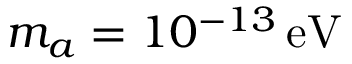
m _ { a } = 1 0 ^ { - 1 3 } \, \mathrm { e V }